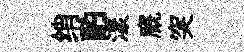
绡酌漾廐突